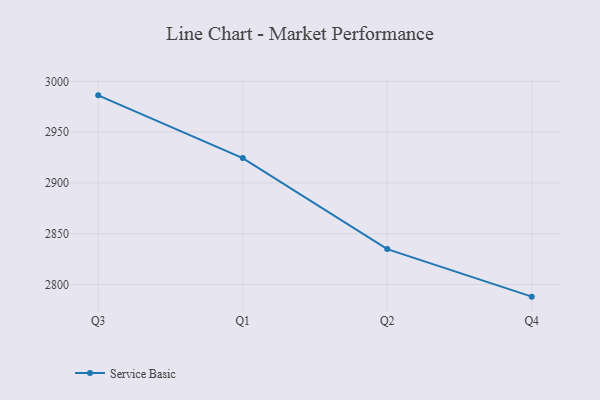
{"axis": {"x": "Quarter", "y": "Humidity (%)"}, "legend": ["Service Basic"], "data": [{"x": "Q3", "y": 2986.2, "type": "Service Basic"}, {"x": "Q1", "y": 2924.4, "type": "Service Basic"}, {"x": "Q2", "y": 2834.8, "type": "Service Basic"}, {"x": "Q4", "y": 2788.0, "type": "Service Basic"}]}